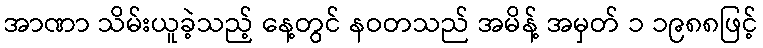
အာဏာ သိမ်းယူခဲ့သည့် နေ့တွင် နဝတသည် အမိန့် အမှတ် ၁ ၁၉၈၈ဖြင့်